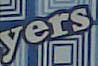
yers